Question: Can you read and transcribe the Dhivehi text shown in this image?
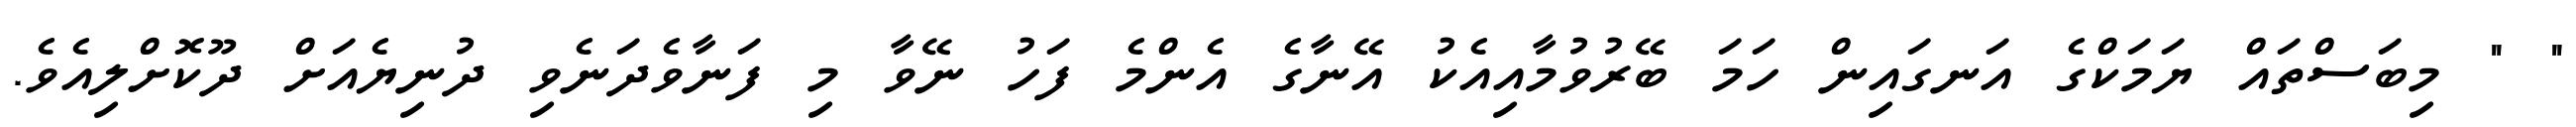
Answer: " " މިބަސްތައް ޔަމަކްގެ އަނގައިން ހަމަ ބޭރުވުމާއިއެކު އޭނާގެ އެންމެ ފަހު ނޭވާ މި ފަނާވެދަނެވި ދުނިޔެއަށް ދޫކޮށްލިއެވެ.